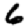
Digit: 6